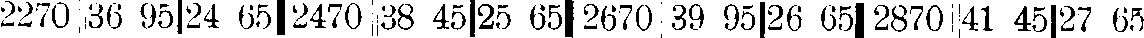
2270 36 95 24 65 2470 38 45 25 65 2670 39 95 26 65 2870 41 45 27 65